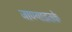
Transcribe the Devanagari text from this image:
जाण्याइतके